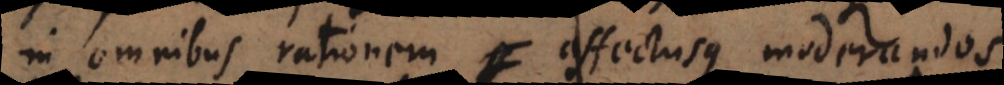
in omnibus rationem affectusque moderandos,